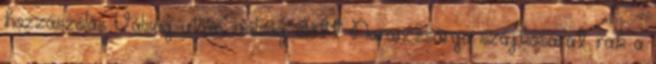
hozzászólás Válság után, válság előtt Narancssárga szájkosarat rak a